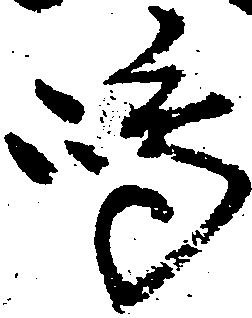
嶋